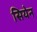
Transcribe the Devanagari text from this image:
सियेन